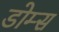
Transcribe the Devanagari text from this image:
डोम्स